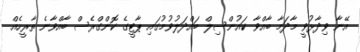
އޭނާ ވިދާޅުވީ މާދަމާ ބާއްވާ ކައުންސިލް ބައްދަލުވުމުގައި ޕާޓީގެ ކޮންގްރެސް ބާއްވާނެ ތާރީހެއް